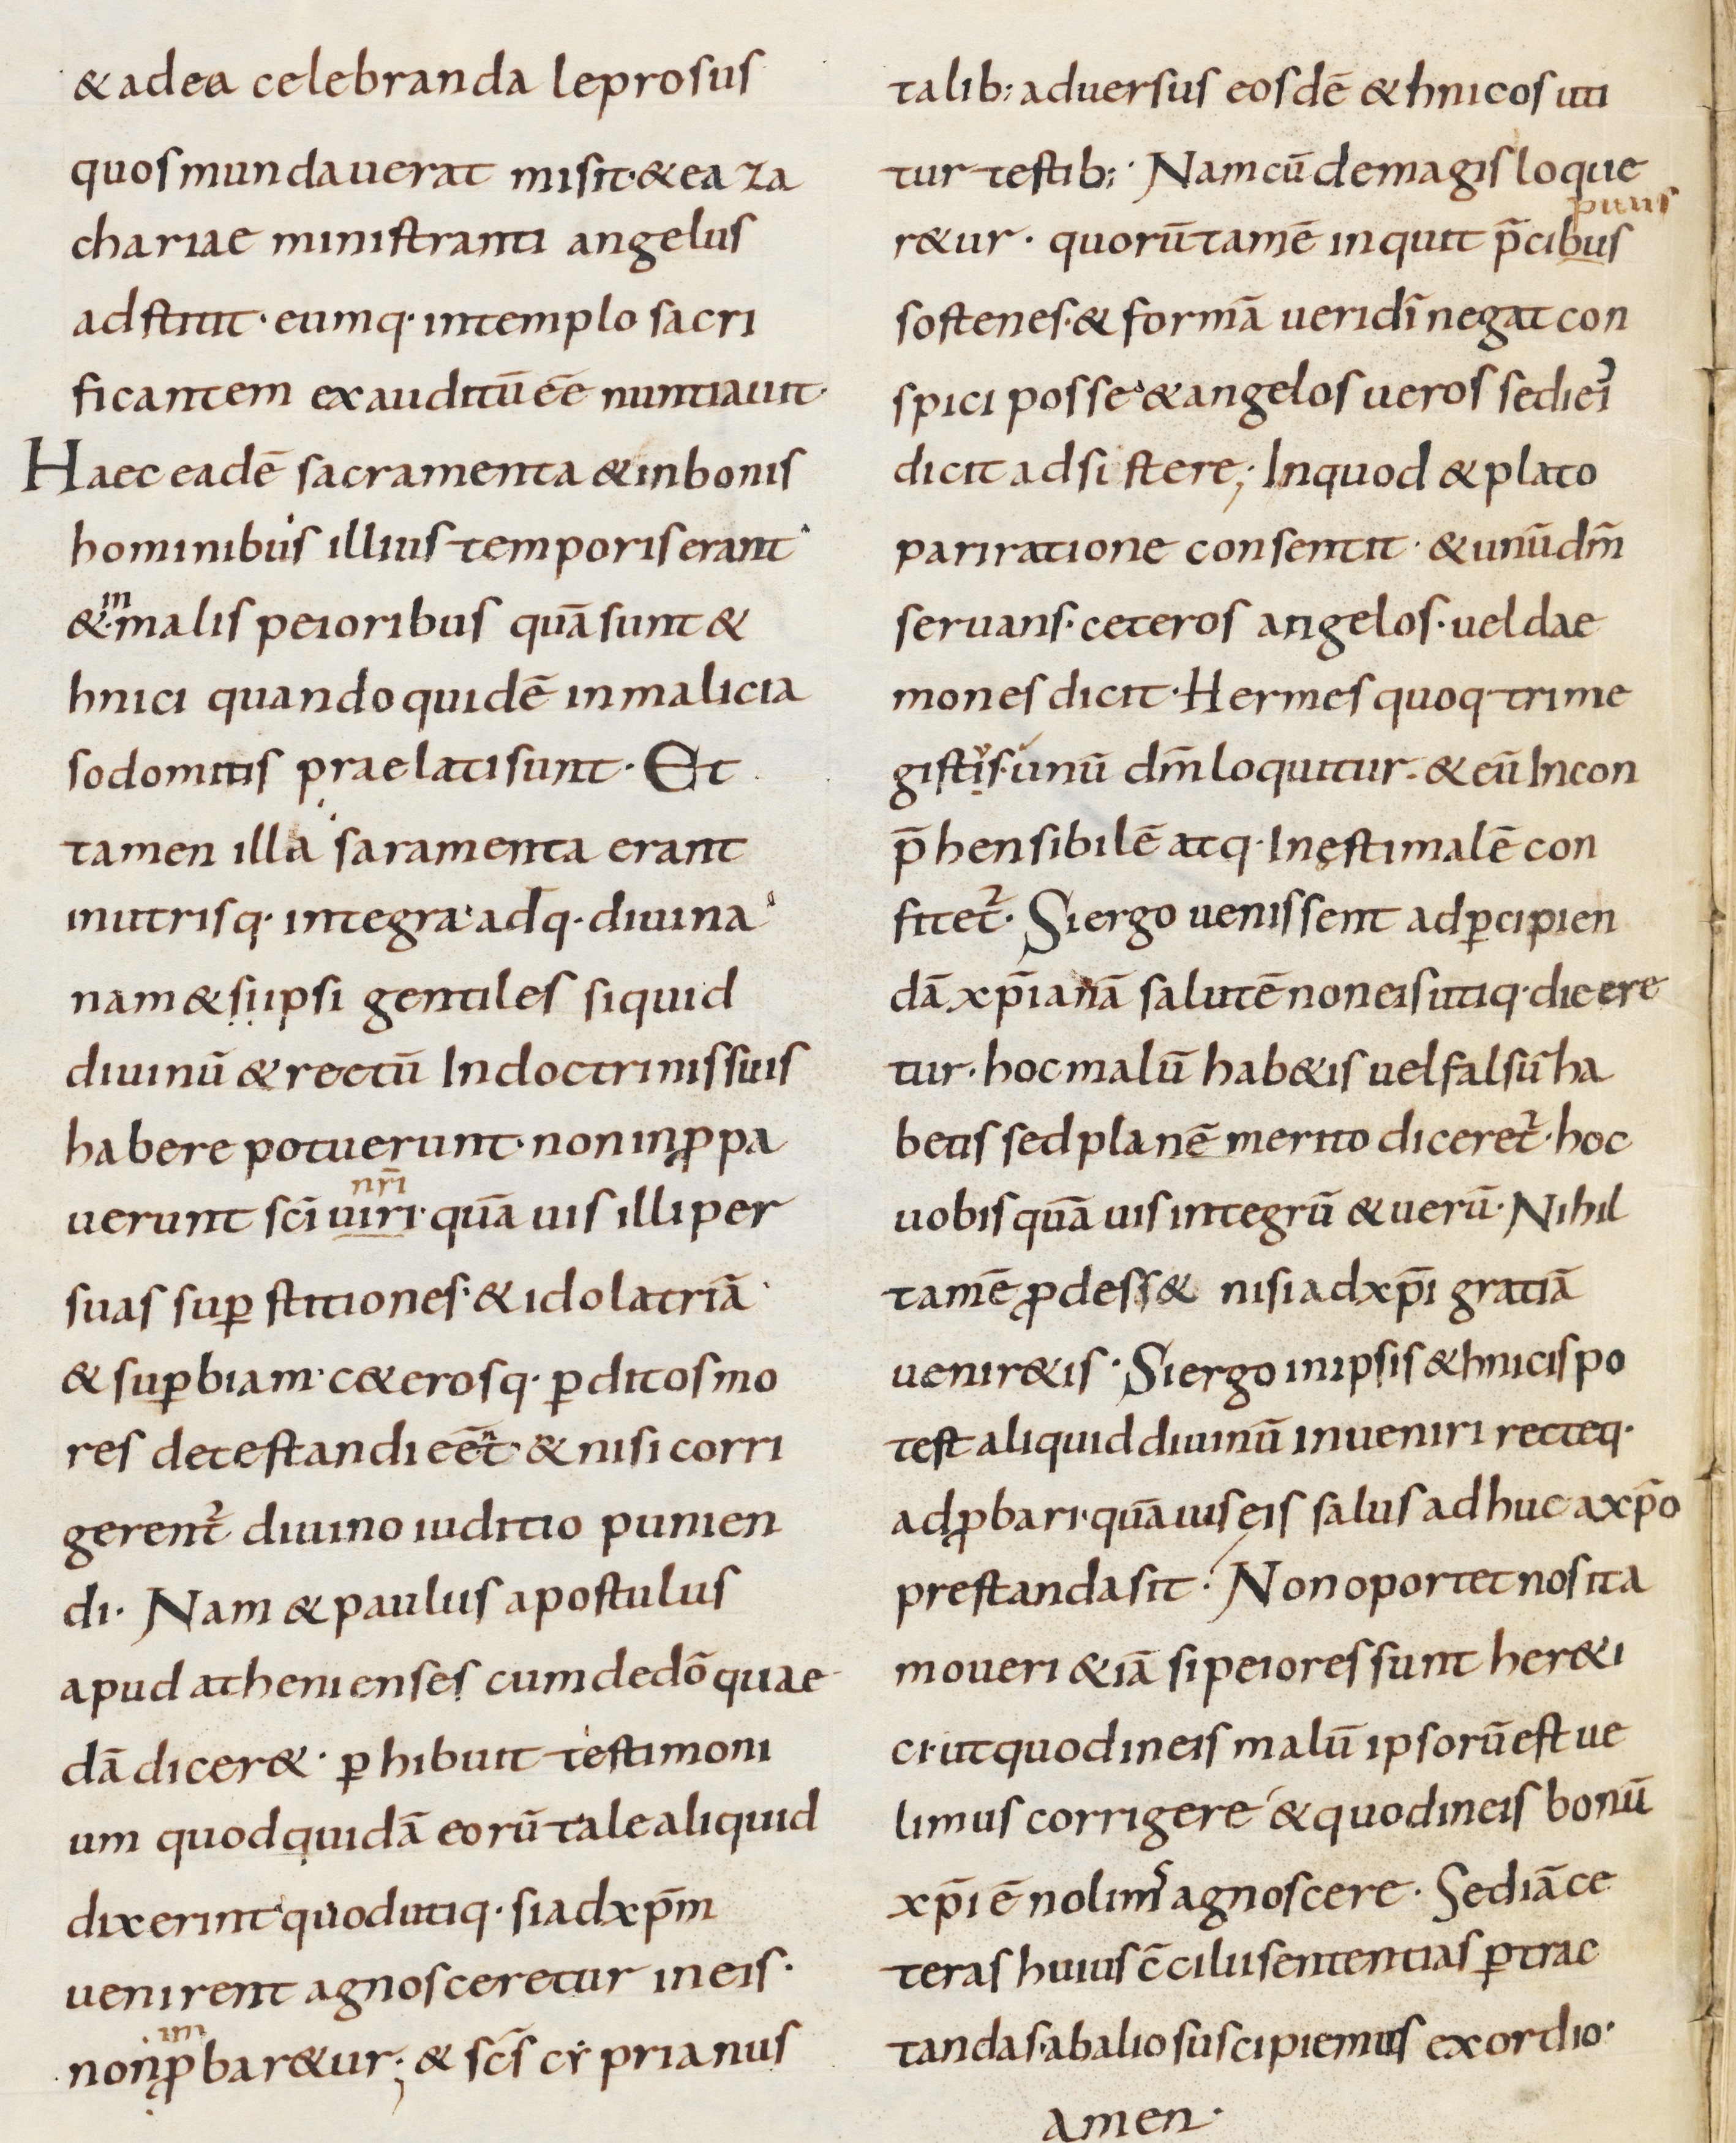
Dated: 800–899